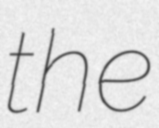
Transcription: the